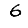
Digit: 6